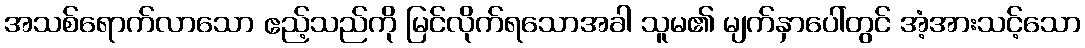
အသစ်ရောက်လာသော ဧည့်သည်ကို မြင်လိုက်ရသောအခါ သူမ၏ မျက်နှာပေါ်တွင် အံ့အားသင့်သော